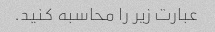
عبارت زیر را محاسبه کنید.